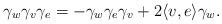
LaTeX: \begin{align*}\gamma_{w}\gamma_{v} \gamma_{e} = -\gamma_{w}\gamma_{e}\gamma_{v} + 2\langle v,e\rangle \gamma_{w}.\end{align*}